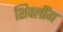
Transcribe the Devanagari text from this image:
शिवलींग